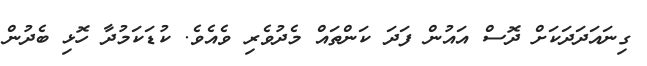
ގިނައަދަދަކަށް ދޮސް އައުން ފަދަ ކަންތައް މެދުވެރި ވެއެވެ. ކުޑަކަމުދާ ހޮޅި ބެދުން